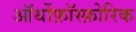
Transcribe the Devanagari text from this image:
ऑर्थोफ़ॉस्फ़ोरिक